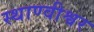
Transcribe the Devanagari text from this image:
स्थाण्वीश्वर